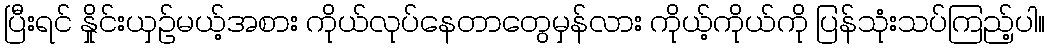
ပြီးရင် နှိုင်းယှဉ်မယ့်အစား ကိုယ်လုပ်နေတာတွေမှန်လား ကိုယ့်ကိုယ်ကို ပြန်သုံးသပ်ကြည့်ပါ။